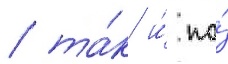
/ та́к и́ по́